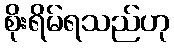
စိုးရိမ်ရသည်ဟု